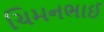
ચિમનભાઈ